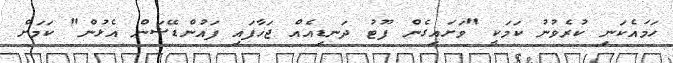
ހަމައެކަނި ކުރެވުނު ކަމަކީ "ވަށައިގެން ފޫޓު ދަނޑިއެއް ޖަހާފައި ފައުންޑޭޝަން އެޅުން" ކަމަށް